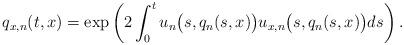
LaTeX: \begin{align*}q_{x,n}(t,x)=\exp\left(2\int_{0}^{t} u_n\big(s,q_n(s,x)\big)u_{x,n}\big(s,q_n(s,x)\big)ds\right).\end{align*}